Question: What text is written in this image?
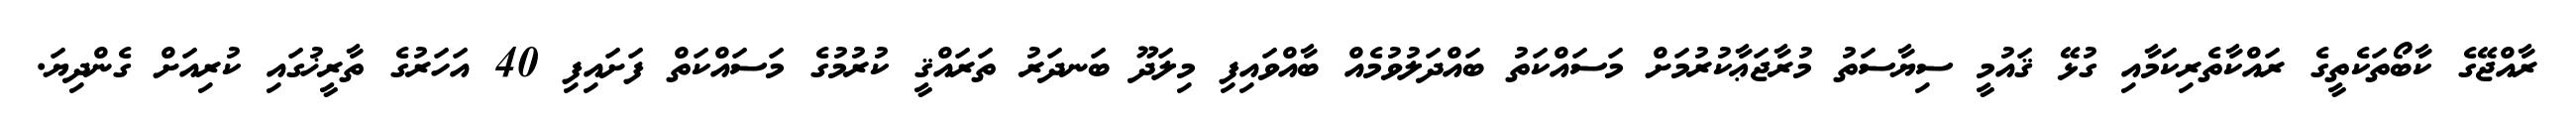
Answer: ރާއްޖޭގެ ކާބޯތަކެތީގެ ރައްކާތެރިކަމާއި ގުޅޭ ޤައުމީ ސިޔާސަތު މުރާޖަޢާކުރުމަށް މަސައްކަތު ބައްދަލުވުމެއް ބާއްވައިފި މިލަދޫ ބަނދަރު ތަރައްޤީ ކުރުމުގެ މަސައްކަތް ފަށައިފި 40 އަހަރުގެ ތާރީޚުގައި ކުރިއަށް ގެންދިޔަ.